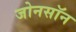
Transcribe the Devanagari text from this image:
जोनसॉन